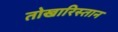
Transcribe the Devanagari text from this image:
तोखारिस्तान